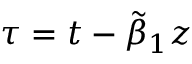
\tau = t - \tilde { \beta } _ { 1 } z